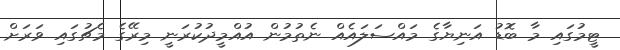
ޓީމުގައި މާ ބޮޑު އަނިޔާގެ މައްސަލައެއް ނެތުމުން އުއްމީދުކުރަނީ މިރޭގެ މެޗުގައި ވަރަށް